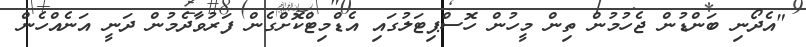
"އެދޯނި ބަންޑުން ޖެހުމުން ތިން މީހުން ހޮސްޕިޓަލުގައި އެޑްމިޓްކޮށްގެން ފަރުވާދެމުން ދަނީ އަނެއްހެން